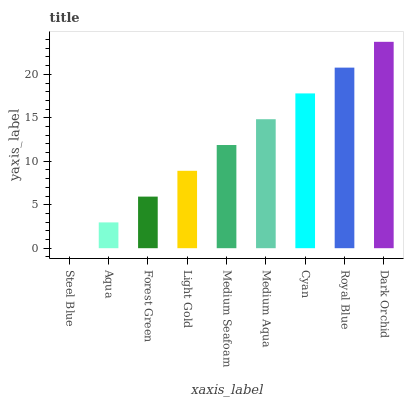
| xaxis_label | bars |
 | --- | --- |
 | Steel Blue | 0 |
 | Aqua | 2.97 |
 | Forest Green | 5.94 |
 | Light Gold | 8.9 |
 | Medium Seafoam | 11.9 |
 | Medium Aqua | 14.8 |
 | Cyan | 17.8 |
 | Royal Blue | 20.8 |
 | Dark Orchid | 23.7 |